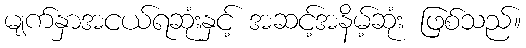
မျက်နှာအငယ်ရဆုံးနှင့် အဆင့်အနိမ့်ဆုံး ဖြစ်သည်။